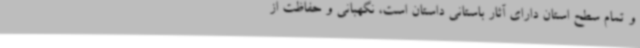
و تمام سطح استان دارای آثار باستانی داستان است، نگهبانی و حفاظت از